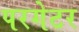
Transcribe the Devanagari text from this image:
परगेटर